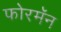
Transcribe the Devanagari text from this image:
फोरमॅन